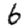
Digit: 6